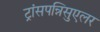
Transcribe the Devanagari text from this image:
ट्रांसपन्निसुएलर